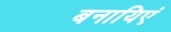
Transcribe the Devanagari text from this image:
बनायिएं